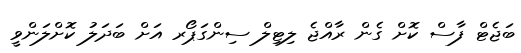
ބަޖެޓް ފާސް ކޮށް ގެން ރާއްޖެ ލިޓިލް ސިންގަޕޯރ އަށް ބަދަލު ކޮށްލަންވީ